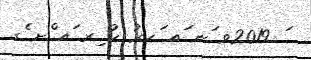
ަ 2019ވ ަނ ައ ަހރު ކު ިރ ައ ްށ ެގ